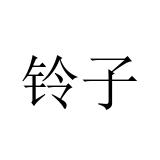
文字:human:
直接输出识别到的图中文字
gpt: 铃子